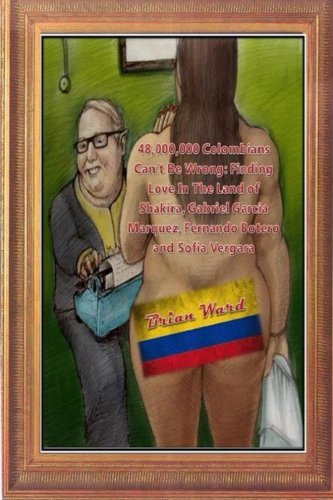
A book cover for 48,000,000 Colombians Can't Be Wrong: Finding Love In The Land of Shakira, Gabriel Garcia Marquez, Fernando Botero and Sofia Vergara; Mr Brian Ward; Travel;